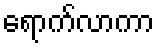
ရောက်လာကာ